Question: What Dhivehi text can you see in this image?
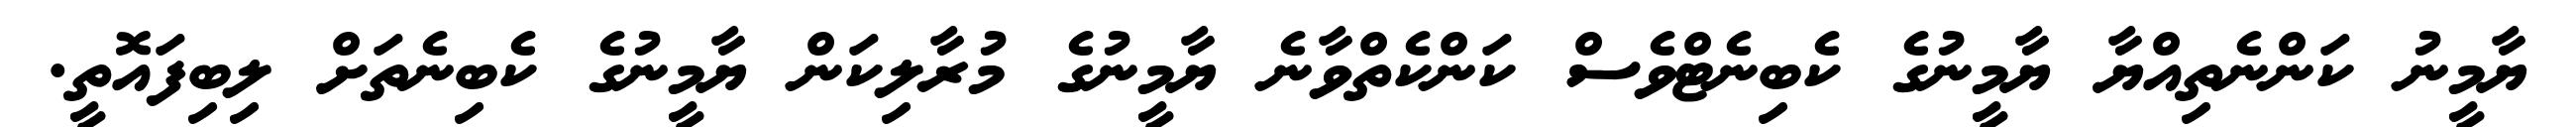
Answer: ޔާމީނު ކަންނެތިއްޔާ ޔާމީނުގެ ކެބިނެޓްވެސް ކަންކެތްވާނެ ޔާމީނުގެ މުރާލިކަން ޔާމީނުގެ ކެބިނެތަށް ލިބިފައޮތީ.